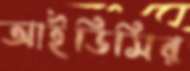
আইডিসির